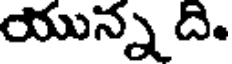
యున్న ది.